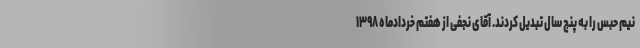
نیم حبس را به پنج سال تبدیل کردند. آقای نجفی از هفتم خردادماه ۱۳۹۸